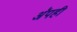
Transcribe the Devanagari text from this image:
अॅपही